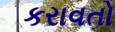
કરાવતો